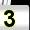
Digit: 3